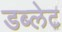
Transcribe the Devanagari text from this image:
डब्लेट